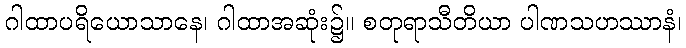
ဂါထာပရိယောသာနေ၊ ဂါထာအဆုံး၌။ စတုရာသီတိယာ ပါဏသဟဿာနံ၊